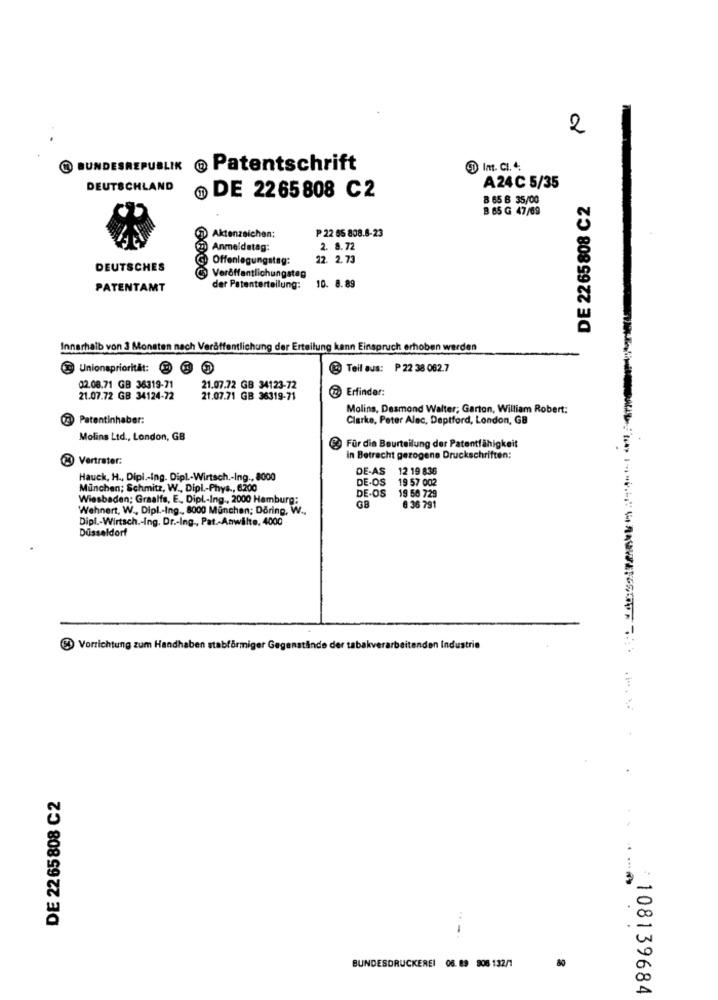
2
C) BUNDESREPUBLIK
@ Patentschrift
DImt. CI. 4.
DEUTSCHLAND
DE 2265 808 C2
A24 C 5/35
B 65 B 35/00
DE 2265 808 C2
B 65 G 47/69
₱ 22 55 808.8-23
Aktenzeichen:
Anmeldatag:
2. 8.72
Offenlegungstag:
22. 2.73
DEUTSCHES
Veröffentlichungsteg
10. 8.89
PATENTAMT
der Patenterteilung:
Innerhalb von 3 Monaten nach Veröffentlichung der Erteilung kann Einspruch erhoben werden
9 Unionsprioritat: @
@ Teil aus: P 22 38 062.7
02.08.71 GB 36319-71
21.07.72 GB 34123-72
Erfinder:
21.07.72 GB 34124-72
21.07.71 GB 36319-71
Molins, Desmond Walter; Garton, William Robert:
Patentinhaber:
Clarke, Peter Alec, Deptford, London, GB
Molins Ltd ., London, GB
Für die Beurteilung der Patentfähigkeit
Vertrater:
in Betracht gezogene Druckschriften:
DE-AS
12 19 836
Hauck, H ., Dipl .- ing. Dipl .- Wirtsch .- Ing ., 8000
DE.OS
19 57 002
Munchen; Schmitz, W ., Dipl .- Phys ., 6200
DE.OS
Wiesbaden; Graalfs, E ., Dipl .- Ing ., 2000 Hamburg:
19 50 729
Wehnert, W ., Dipl .- Ing ., 8000 Munchen; Döring, W .,
GB
8 36 791
Dipl .- Wirtsch .- Ing. Dr .- Ing ., Pat .- Anwälte. 4000
Düsseldorf
El Vorrichtung zum Handhaben stabförmiger Gegenstände der tabakverarbeitenden Industrie
.
DE 22 65 808 C2
..-.
80
BUNDESDRUCKEREI 06. 89 906 132/1
108139684